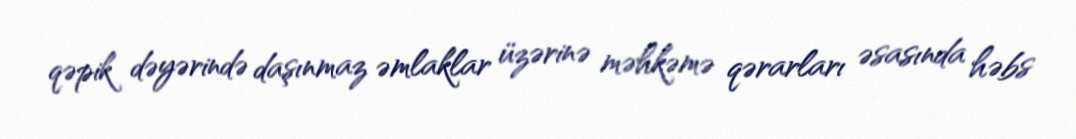
qəpik dəyərində daşınmaz əmlaklar üzərinə məhkəmə qərarları əsasında həbs